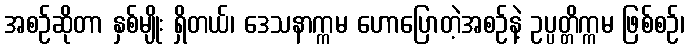
အစဉ်ဆိုတာ နှစ်မျိုး ရှိတယ်၊ ဒေသနာက္ကမ ဟောပြောတဲ့အစဉ်နဲ့ ဥပ္ပတ္တိက္ကမ ဖြစ်စဉ်၊